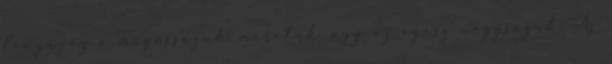
lenyűgöz a magasságuk, méretük, úgy az egész nagyságuk. Az